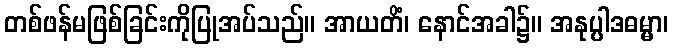
တစ်ဖန်မဖြစ်ခြင်းကိုပြုအပ်သည်။ အာယတိံ၊ နောင်အခါ၌။ အနုပ္ပါဒဓမ္မာ၊